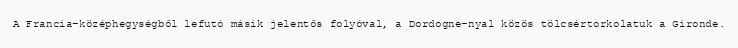
A Francia-középhegységből lefutó másik jelentős folyóval, a Dordogne-nyal közös tölcsértorkolatuk a Gironde.